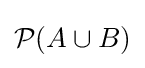
{\mathcal {P}}\!\left(A\cup B\right)